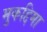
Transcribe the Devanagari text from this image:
मुकद्दिमा